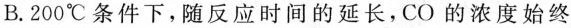
B.200^{\circ}C条件下，随反应时间的延长，CO的浓度始终